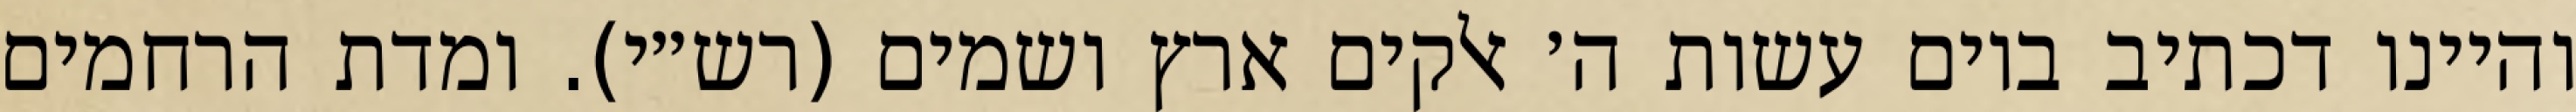
והיינו דכתיב ביום עשות ה׳ אלקים ארץ ושמים (רש״י). ומדת הרחמים